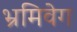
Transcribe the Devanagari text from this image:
भ्रमिवेग